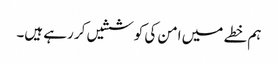
ہم خطے میں امن کی کوششیں کر رہے ہیں۔